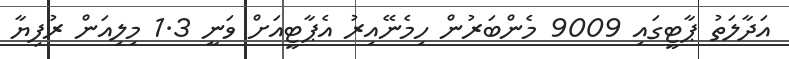
އަދާލަތު ޕާޓީގައި 9009 މެންބަރުން ހިމެނޭއިރު އެޕާޓީއަށް ވަނީ 1.3 މިލިއަން ރުފިޔާ